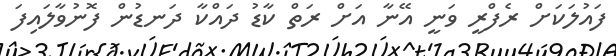
ފައުލަކަށް ރެފްރީ ވަނީ އޭނާ އަށް ރަތް ކާޑު ދައްކާ ދަނޑުން ފޮނުވާލައިފަ